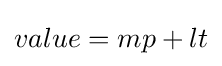
value=mp+lt